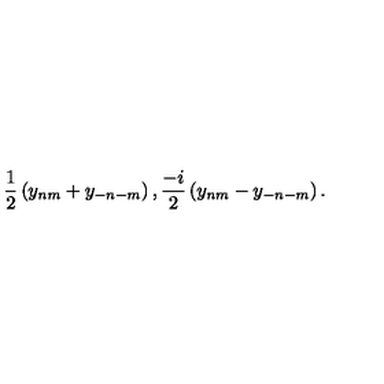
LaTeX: \frac { 1 } { 2 } \left( y _ { n m } + y _ { - n - m } \right) , \frac { - i } { 2 } \left( y _ { n m } - y _ { - n - m } \right) .